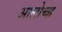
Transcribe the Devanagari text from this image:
आलोच्ह्न